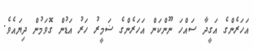
އަހަރެންގެ އަގީދާ ސައްހަ ނޫންކަން އަހަރެންގެ ޟަމީރު ހަރު އަޑުން ގޮވަމުން ދިޔައެވެ.